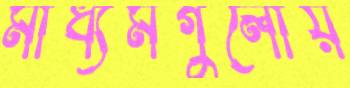
মাধ্যমগুলোয়